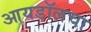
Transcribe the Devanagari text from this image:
आयडॉलचा